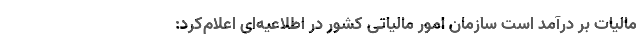
مالیات بر درآمد است سازمان امور مالیاتی کشور در اطلاعیه‌ای اعلام‌کرد: